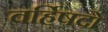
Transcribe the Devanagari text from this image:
वर्हिषदो